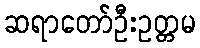
ဆရာတော်ဦးဥတ္တမ